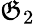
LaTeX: \mathfrak{G}_{2}